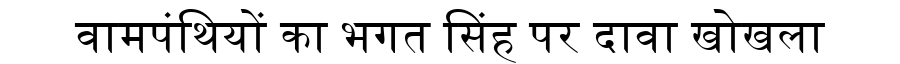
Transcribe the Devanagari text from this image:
वामपंथियों का भगत सिंह पर दावा खोखला